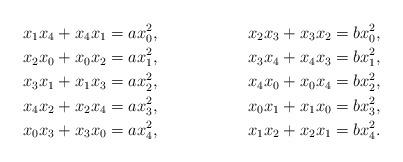
LaTeX: \begin{align*}x_1x_4+x_4x_1 = ax_0^2,&& x_2x_3+x_3x_2 = bx_0^2,\\x_2x_0+x_0x_2 = ax_1^2,&& x_3x_4+x_4x_3 = bx_1^2,\\x_3x_1+x_1x_3 = ax_2^2,&& x_4x_0+x_0x_4 = bx_2^2,\\x_4x_2+x_2x_4 = ax_3^2,&& x_0x_1+x_1x_0 = bx_3^2,\\x_0x_3+x_3x_0 = ax_4^2,&& x_1x_2+x_2x_1 = bx_4^2.\end{align*}